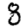
Digit: 8